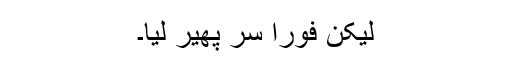
لیکن فوراً سر پھیر لیا۔